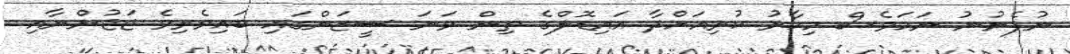
ނުފެނުނު ނަމަވެސް މިހާރު ކުރިއަށްދާ އައިޑޮލްގެ ތިން ވަނަ ސީޒަންގައި ބައިވެރިވެ ޖަޖުންނާއި